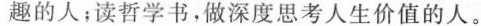
趣的人；读哲学书，做深度思考人生价值的人。